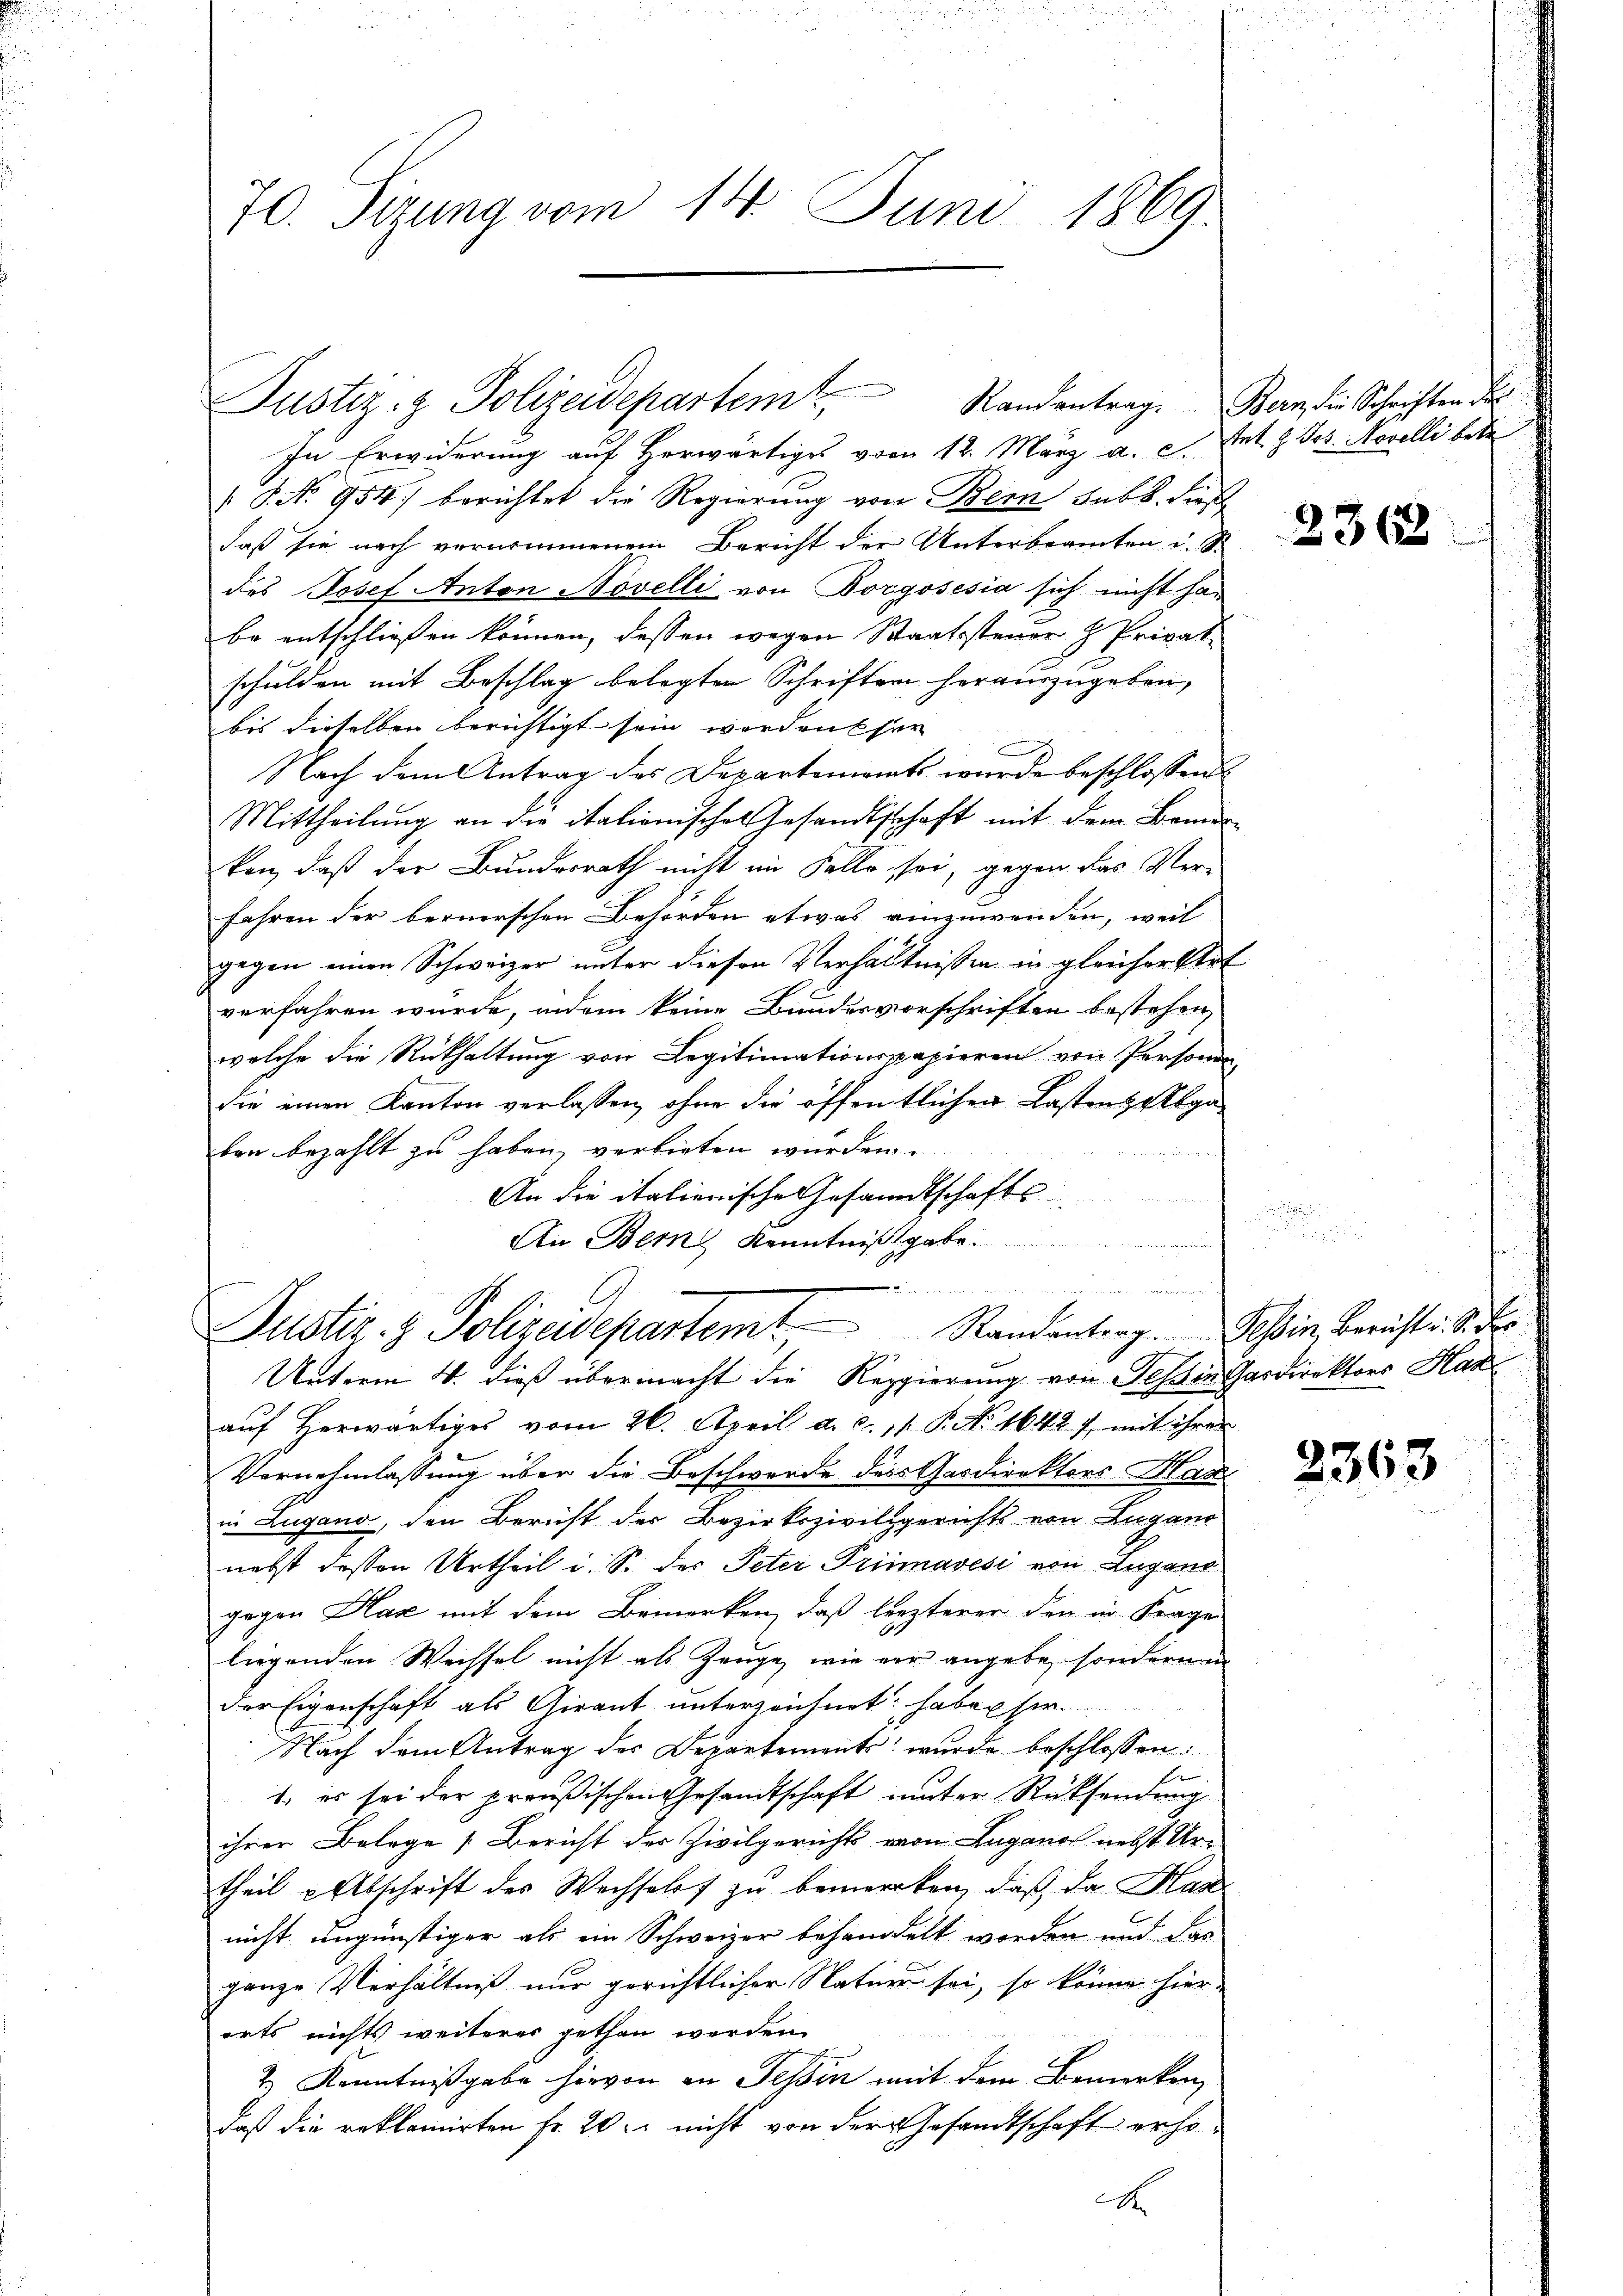
70. Sizung vom 14. Juni 1869

In Erwiderung auf Herwärtiges vom 12. März a. c. et. H. Jos. Novelli betr
 P. Nr. 954) berichtet die Regierung von Bern sub b. dieß
daß sie nach vernommenem Bericht der Unterbeamten u. S.
des Josef Anton Novelli von Borgosesia sich nicht ha
be entschliessen können, dessen wegen Staatssteuer h Privat
schulden mit Beschlag belegten Schriften herauszugeben,
bis dieselben berichtigt sein wordenser
Nach dem Antrag des Departements wurde beschlossen:
Mittheilung an die italienisches Gesandtschaft mit dem Bemer
ken, daß der Bundesrath nicht im Falle sei, gegen das Ver-
fahren der bernerschen Behörden etwas einzuwenden, weil
gegen einen Schweizer unter diesen Verhältnissen in gleicher Klet
verfahren wurde, indem keine Bundesvorschriften bestehen,
welche die Rückhaltung von Legitimationspapieren von Personen
die einen Kanton verlassen, ohne die öffentlichen Lastenzabgaben bezahlt zu haben, verbieten wurden.
An die italienische Gesandtschafts¬
An Bern Kenntnißgabe.
 und die ich die in ich in den der allenden

Justiz- & Polizeidepartemt,

Justiz- & Polizeidepartem Randantrag. Tessin, berichte. S.
Unterm 4. dieß übermacht die Reppierung von Tessin Gardirektors Han

Randantrag. Bern, die Schriften der

aŭf herwärtiges vom 26. April a. c. 11. P. No 1642 f. mit ihrer
Vernehmlassung über die Beschwerde des Gasdirektors Han
in Lugano, den Bericht der Bezirkszivilgerichts von Lugano
nebst dessen Urtheil i. S. des Peter Primnavési von Lugane
gegen Hax mit dem Bemerken, daß letzterer den in Frage
liegenden Wachsel nicht als Zeuge, wie vor angebe, sondernen
der Eigenschaft als Girant unterzeichnet haben sie.
Nach dem Antrag des Departements wurde beschlossen:
1. es sei der preußischen Gesandtschaft unter Rücksendung
ihrer Belege Bericht der Zivilgerichts von Luganos nebst Urtheil Abschrift des Wechselof zu bemercken, daß da Mar
nicht ungünstiger als ein Schweizer behandelt worden und das
ganze Verhältniß nur gerichtlicher Natuer sei, so könne hier.
orts nichts weiteres gethan werden.
t Kenntnißgabe hievon in Tessin mit dem Bemerken,
daß die reklamirten Fr. 20. nicht von der Gesandtschaft erhox

2363

2363